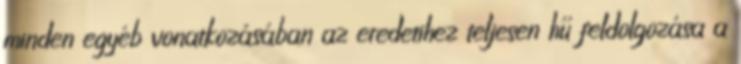
minden egyéb vonatkozásában az eredetihez teljesen hű feldolgozása a